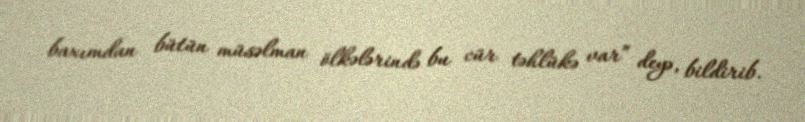
baxımdan bütün müsəlman ölkələrində bu cür təhlükə var” deyə, bildirib.